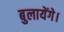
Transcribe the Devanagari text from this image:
बुलायेंगे।